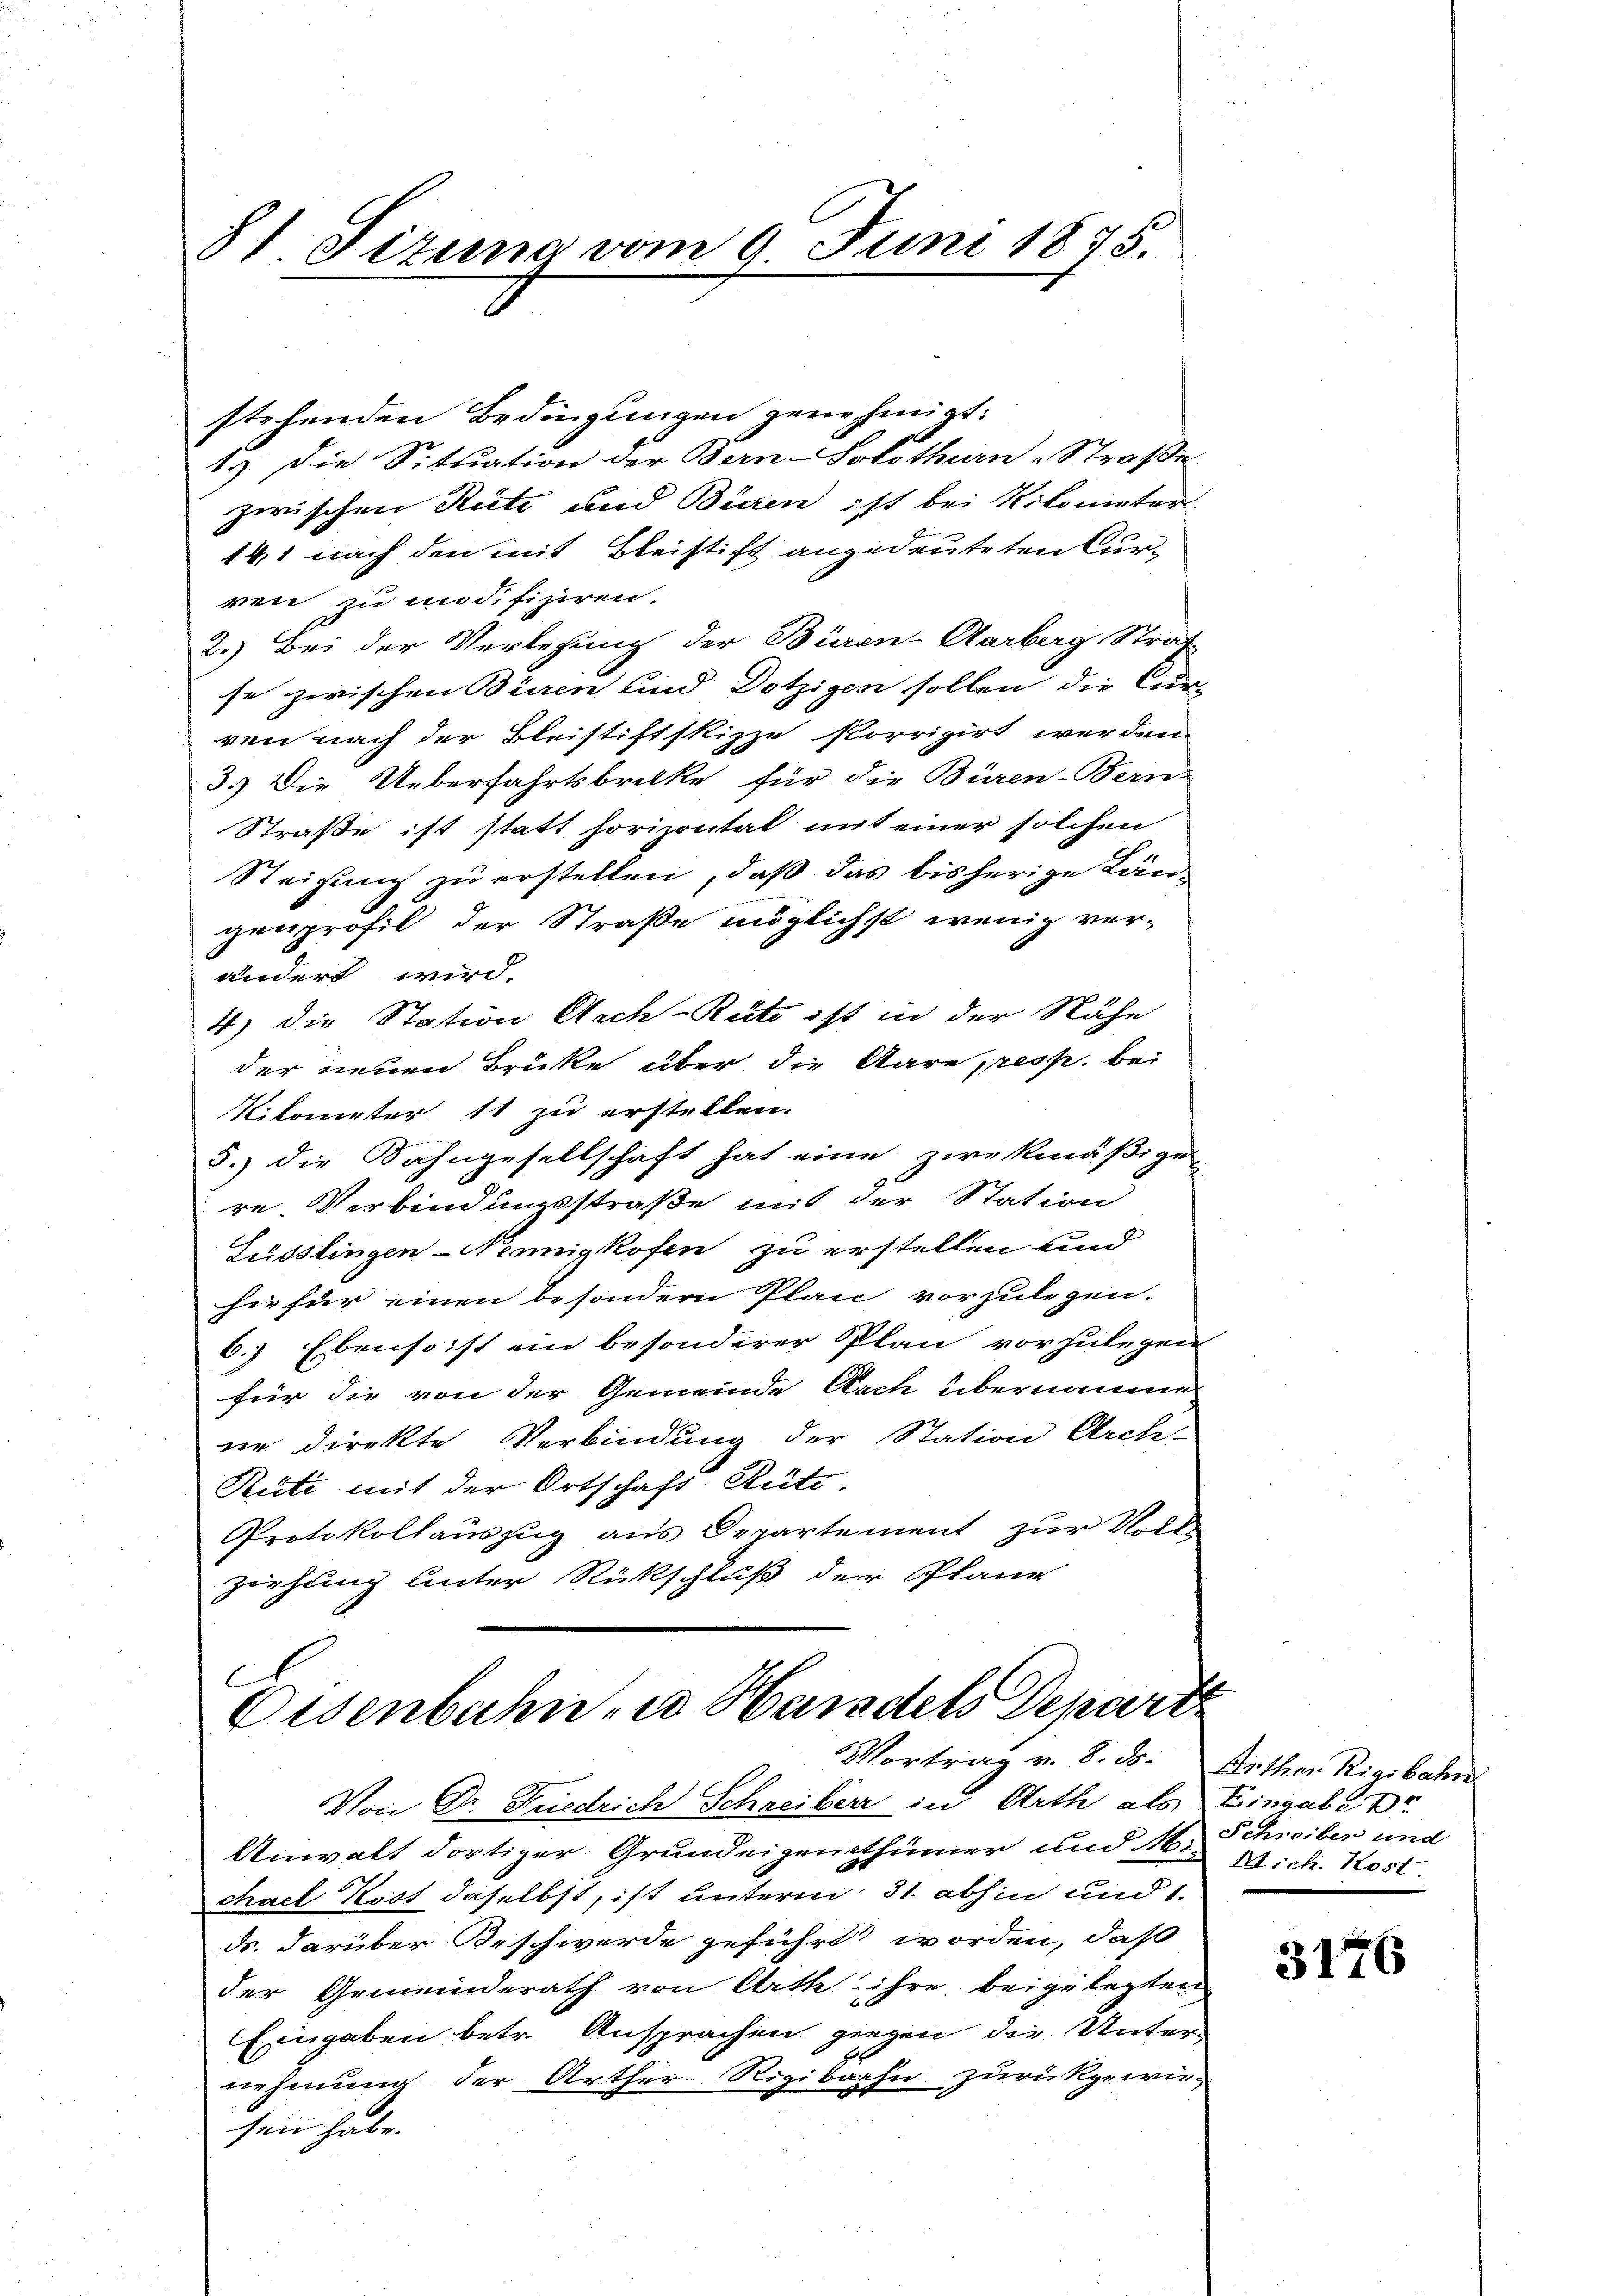
81 Fizung vom 9. Juni 1875.

stehenden Bedingungen genehmigt:
13. Die Sitŭation der Bern-Solothurn -Straße
zwischen Rüti und Birren ist bei Kilometer
14,1 nach den mit Bleistift angedeuteten Curren zu modifiziren.
2.) Bei der Verlegung der Büren-Aarberg Straf
se zwischen Büren und Dötzigen sollen die Cur-
ven nach der Bleistiftskizze korrigirt werden.
3.) Die Ueberfahrtsbruke für die Büren-Bern-
Straße ist statt horizontat mit einer solchen
Steigung zu erstellen, daß das bisherige Längenprofil der Straße möglichst wenig ver-
ändert wird.
4) die Station Arch-Rüti ist in der Nähe
der neuen Brüke über die Aare, resp. be¬
Nikometer 11 zu erstellen.
5.) die Bahngesellschaft hat eine zwekmäßige
re. Verbindungsstraße mit der Station
Lüsslingen-Nennigkofen zu erstellen und
hiefür einen besondern Plan vorzulegen.
6.) Ebenso ist ein besonderer Plan vorzulegen
für die von der Gemeinde Nach übernomene
ne direkte Verbindung der Station Archi-
Rüti mit der Ortschaft Rüti.
Protokollauszug aus Departement zur Nord
ziehung unter Rückschluß der Plane

C
Eisenbahn, u. Handels Depart
Vortrag v. 8. ds.

Von Dr. Friedrich Schreiber in Arth als Eingabe D
Anwalt dortiger Grundeigenthümer und 6 Mich. Kost
chael Kost daselbst, ist unterm 31. abhin und 1.
ds. darüber Beschwerde geführt worden, daß
der Gemeinderath von Arth ihre beigelegten
Eingaben betr. Ansprachen gegen die Unternehmung der Arther-Rigibahn zurückgewiesen habe.

Arthes Rigibahn
Schreiber und

3176